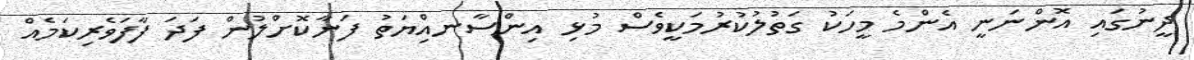
ދީނުގައި އޮންނަނީ އެންމެ މީހަކު ގަތުލުކުރުމަކީވެސް މުޅި އިންސާނއިްޔަތު ފަނާކޮށްލުން ފަދަ ފާފަވެރިކަމެއް